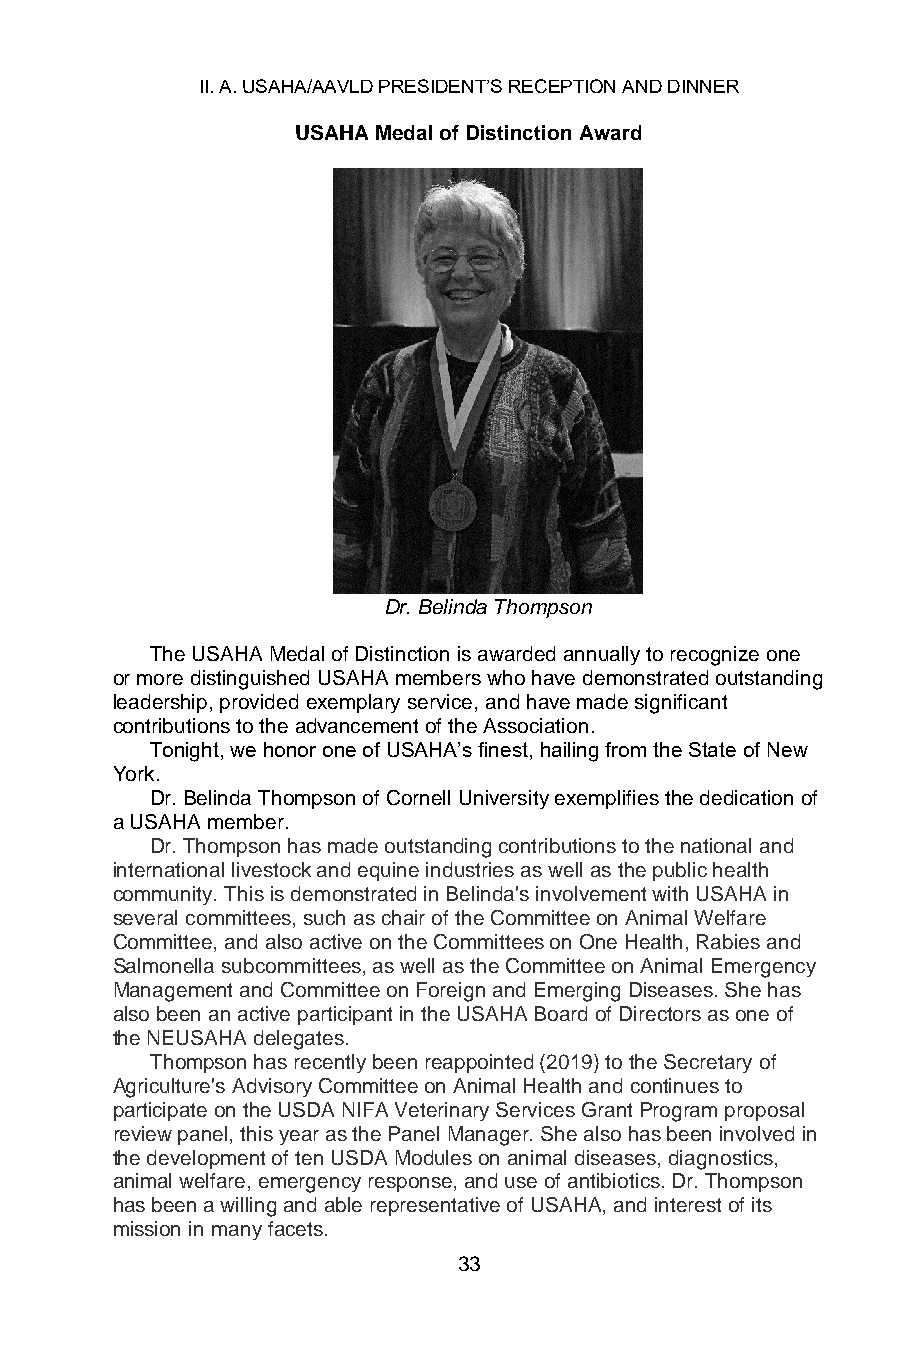
II. A. USAHA/AAVLD PRESIDENT’S RECEPTION AND DINNER
 USAHA Medal of Distinction Award
 Dr. Belinda Thompson
 The USAHA Medal of Distinction is awarded annually to recognize one
 or more distinguished USAHA members who have demonstrated outstanding
 leadership, provided exemplary service, and have made significant
 contributions to the advancement of the Association.
 Tonight, we honor one of USAHA’s finest, hailing from the State of New
 York.
 Dr. Belinda Thompson of Cornell University exemplifies the dedication of
 a USAHA member.
 Dr. Thompson has made outstanding contributions to the national and
 international livestock and equine industries as well as the public health
 community. This is demonstrated in Belinda's involvement with USAHA in
 several committees, such as chair of the Committee on Animal Welfare
 Committee, and also active on the Committees on One Health, Rabies and
 Salmonella subcommittees, as well as the Committee on Animal Emergency
 Management and Committee on Foreign and Emerging Diseases. She has
 also been an active participant in the USAHA Board of Directors as one of
 the NEUSAHA delegates.
 Thompson has recently been reappointed (2019) to the Secretary of
 Agriculture's Advisory Committee on Animal Health and continues to
 participate on the USDA NIFA Veterinary Services Grant Program proposal
 review panel, this year as the Panel Manager. She also has been involved in
 the development of ten USDA Modules on animal diseases, diagnostics,
 animal welfare, emergency response, and use of antibiotics. Dr. Thompson
 has been a willing and able representative of USAHA, and interest of its
 mission in many facets.
 33